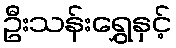
ဦးသန်းရွှေနှင့်